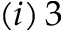
( i ) \, 3